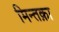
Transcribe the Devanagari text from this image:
मिन्तक़ा